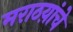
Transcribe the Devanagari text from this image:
मराठय़ांचे